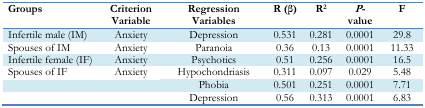
<table><thead><tr><td><b>Groups</b></td><td><b>Criterion Variable</b></td><td><b>Regression Variables</b></td><td><b>R (β)</b></td><td><b>R<sup>2</sup></b></td><td><b><i>P</i>-value</b></td><td><b>F</b></td></tr></thead><tbody><tr><td>Infertile male (IM)</td><td>Anxiety</td><td>Depression</td><td>0.531</td><td>0.281</td><td>0.0001</td><td>29.8</td></tr><tr><td>Spouses of IM</td><td>Anxiety</td><td>Paranoia</td><td>0.36</td><td>0.13</td><td>0.0001</td><td>11.33</td></tr><tr><td>Infertile female (IF)</td><td>Anxiety</td><td>Psychotics</td><td>0.51</td><td>0.256</td><td>0.0001</td><td>16.5</td></tr><tr><td>Spouses of IF</td><td>Anxiety</td><td>Hypochondriasis</td><td>0.311</td><td>0.097</td><td>0.029</td><td>5.48</td></tr><tr><td></td><td></td><td>Phobia</td><td>0.501</td><td>0.251</td><td>0.0001</td><td>7.71</td></tr><tr><td></td><td></td><td>Depression</td><td>0.56</td><td>0.313</td><td>0.0001</td><td>6.83</td></tr></tbody></table>